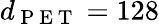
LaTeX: d_{\mathrm{~P~E~T~}}=128